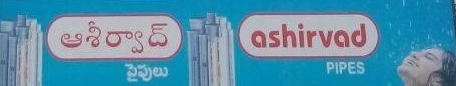
Language: telugu
Transcription: పైపులు